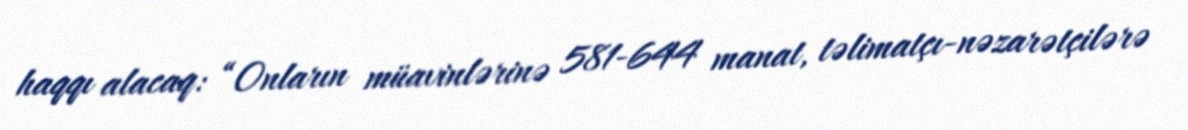
haqqı alacaq: “Onların müavinlərinə 581-644 manat, təlimatçı-nəzarətçilərə